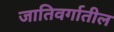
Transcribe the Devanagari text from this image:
जातिवर्गातील